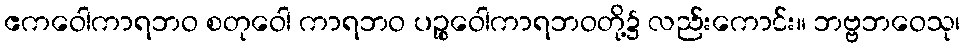
ဧကဝေါကာရဘဝ စတုဝေါ ကာရဘဝ ပဉ္စဝေါကာရဘဝတို့၌ လည်းကောင်း။ ဘဗ္ဗဘဝေသု၊